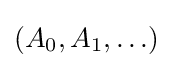
\textstyle (A_{0},A_{1},\ldots )